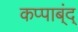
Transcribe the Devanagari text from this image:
कप्पाब्ंद्